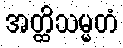
အတ္ထိသမ္မတံ